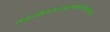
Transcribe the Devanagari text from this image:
समुन्मीलत्वन्तःकरणकरुणोद्गारचतुरः